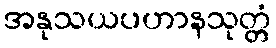
အနုသယပဟာနသုတ္တံ